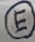
Text: E